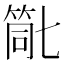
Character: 𮅗